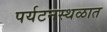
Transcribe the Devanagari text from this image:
पर्यटनस्थळात